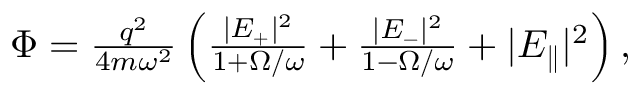
\begin{array} { r } { \Phi = \frac { q ^ { 2 } } { 4 m \omega ^ { 2 } } \left( \frac { | E _ { + } | ^ { 2 } } { 1 + \Omega / \omega } + \frac { | E _ { - } | ^ { 2 } } { 1 - \Omega / \omega } + | E _ { \parallel } | ^ { 2 } \right) , } \end{array}